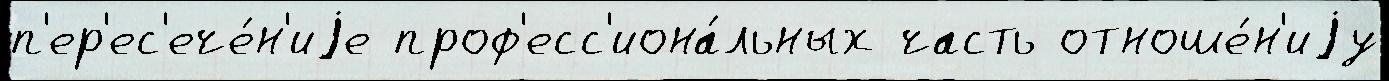
п'ер'ес'ече́н'иjе проф'есс'иона́льных часть отноше́н'иjу